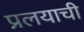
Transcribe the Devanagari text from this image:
प्रलयाची